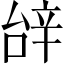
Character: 辝